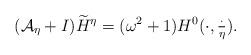
LaTeX: \begin{align*}({\mathcal A}_\eta+I)\widetilde{H}^\eta=(\omega^2+1)H^0(\cdot, \tfrac{\cdot}{\eta}).\end{align*}